画像に写った文字を読んでください
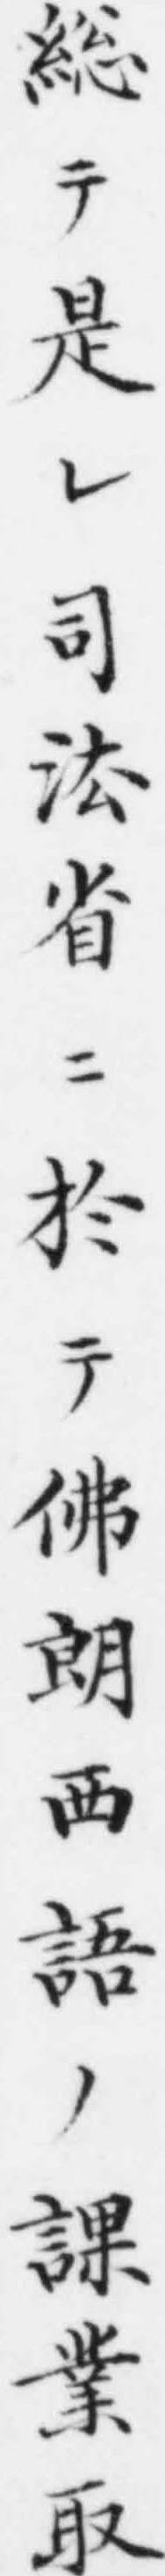
「総テ是レ司㳒省ニ扵テ佛朗西語ノ課業取」と書いてあります